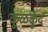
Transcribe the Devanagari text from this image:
कुळकुंद